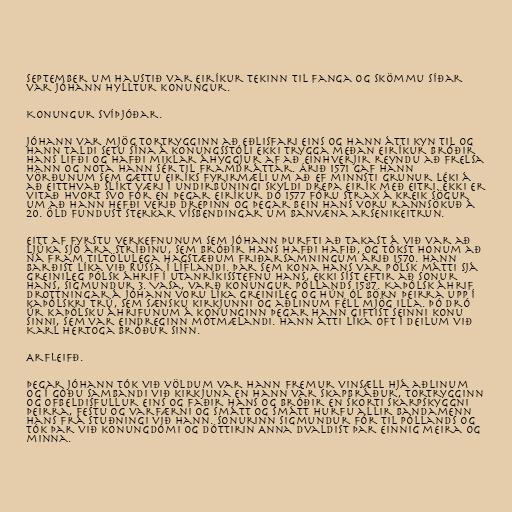
september um haustið var Eiríkur tekinn til fanga og skömmu síðar
var Jóhann hylltur konungur.

Konungur Svíþjóðar.

Jóhann var mjög tortrygginn að eðlisfari eins og hann átti kyn til og
hann taldi setu sína á konungsstóli ekki trygga meðan Eiríkur bróðir
hans lifði og hafði miklar áhyggjur af að einhverjir reyndu að frelsa
hann og nota hann sér til framdráttar. Árið 1571 gaf hann
vörðunum sem gættu Eiríks fyrirmæli um að ef minnsti grunur léki á
að eitthvað slíkt væri í undirbúningi skyldi drepa Eirík með eitri. Ekki er
vitað hvort svo fór en þegar Eiríkur dó 1577 fóru strax á kreik sögur
um að hann hefði verið drepinn og þegar bein hans voru rannsökuð á
20. öld fundust sterkar vísbendingar um banvæna arsenikeitrun.

Eitt af fyrstu verkefnunum sem Jóhann þurfti að takast á við var að
ljúka Sjö ára stríðinu, sem bróðir hans hafði hafið, og tókst honum að
ná fram tiltölulega hagstæðum friðarsamningum árið 1570. Hann
barðist líka við Rússa í Líflandi. Þar sem kona hans var pólsk mátti sjá
greinileg pólsk áhrif í utanríkisstefnu hans, ekki síst eftir að sonur
hans, Sigmundur 3. Vasa, varð konungur Póllands 1587. Kaþólsk áhrif
drottningar á Jóhann voru líka greinileg og hún ól börn þeirra upp í
kaþólskri trú, sem sænsku kirkjunni og aðlinum féll mjög illa. Þó dró
úr kaþólsku áhrifunum á konunginn þegar hann giftist seinni konu
sinni, sem var eindreginn mótmælandi. Hann átti líka oft í deilum við
Karl hertoga bróður sinn.

Arfleifð.

Þegar Jóhann tók við völdum var hann fremur vinsæll hjá aðlinum
og í góðu sambandi við kirkjuna en hann var skapbráður, tortrygginn
og ofbeldisfullur eins og faðir hans og bróðir en skorti skarpskyggni
þeirra, festu og varfærni og smátt og smátt hurfu allir bandamenn
hans frá stuðningi við hann. Sonurinn Sigmundur fór til Póllands og
tók þar við konungdómi og dóttirin Anna dvaldist þar einnig meira og
minna.